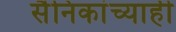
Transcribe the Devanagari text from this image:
सैनिकांच्याही